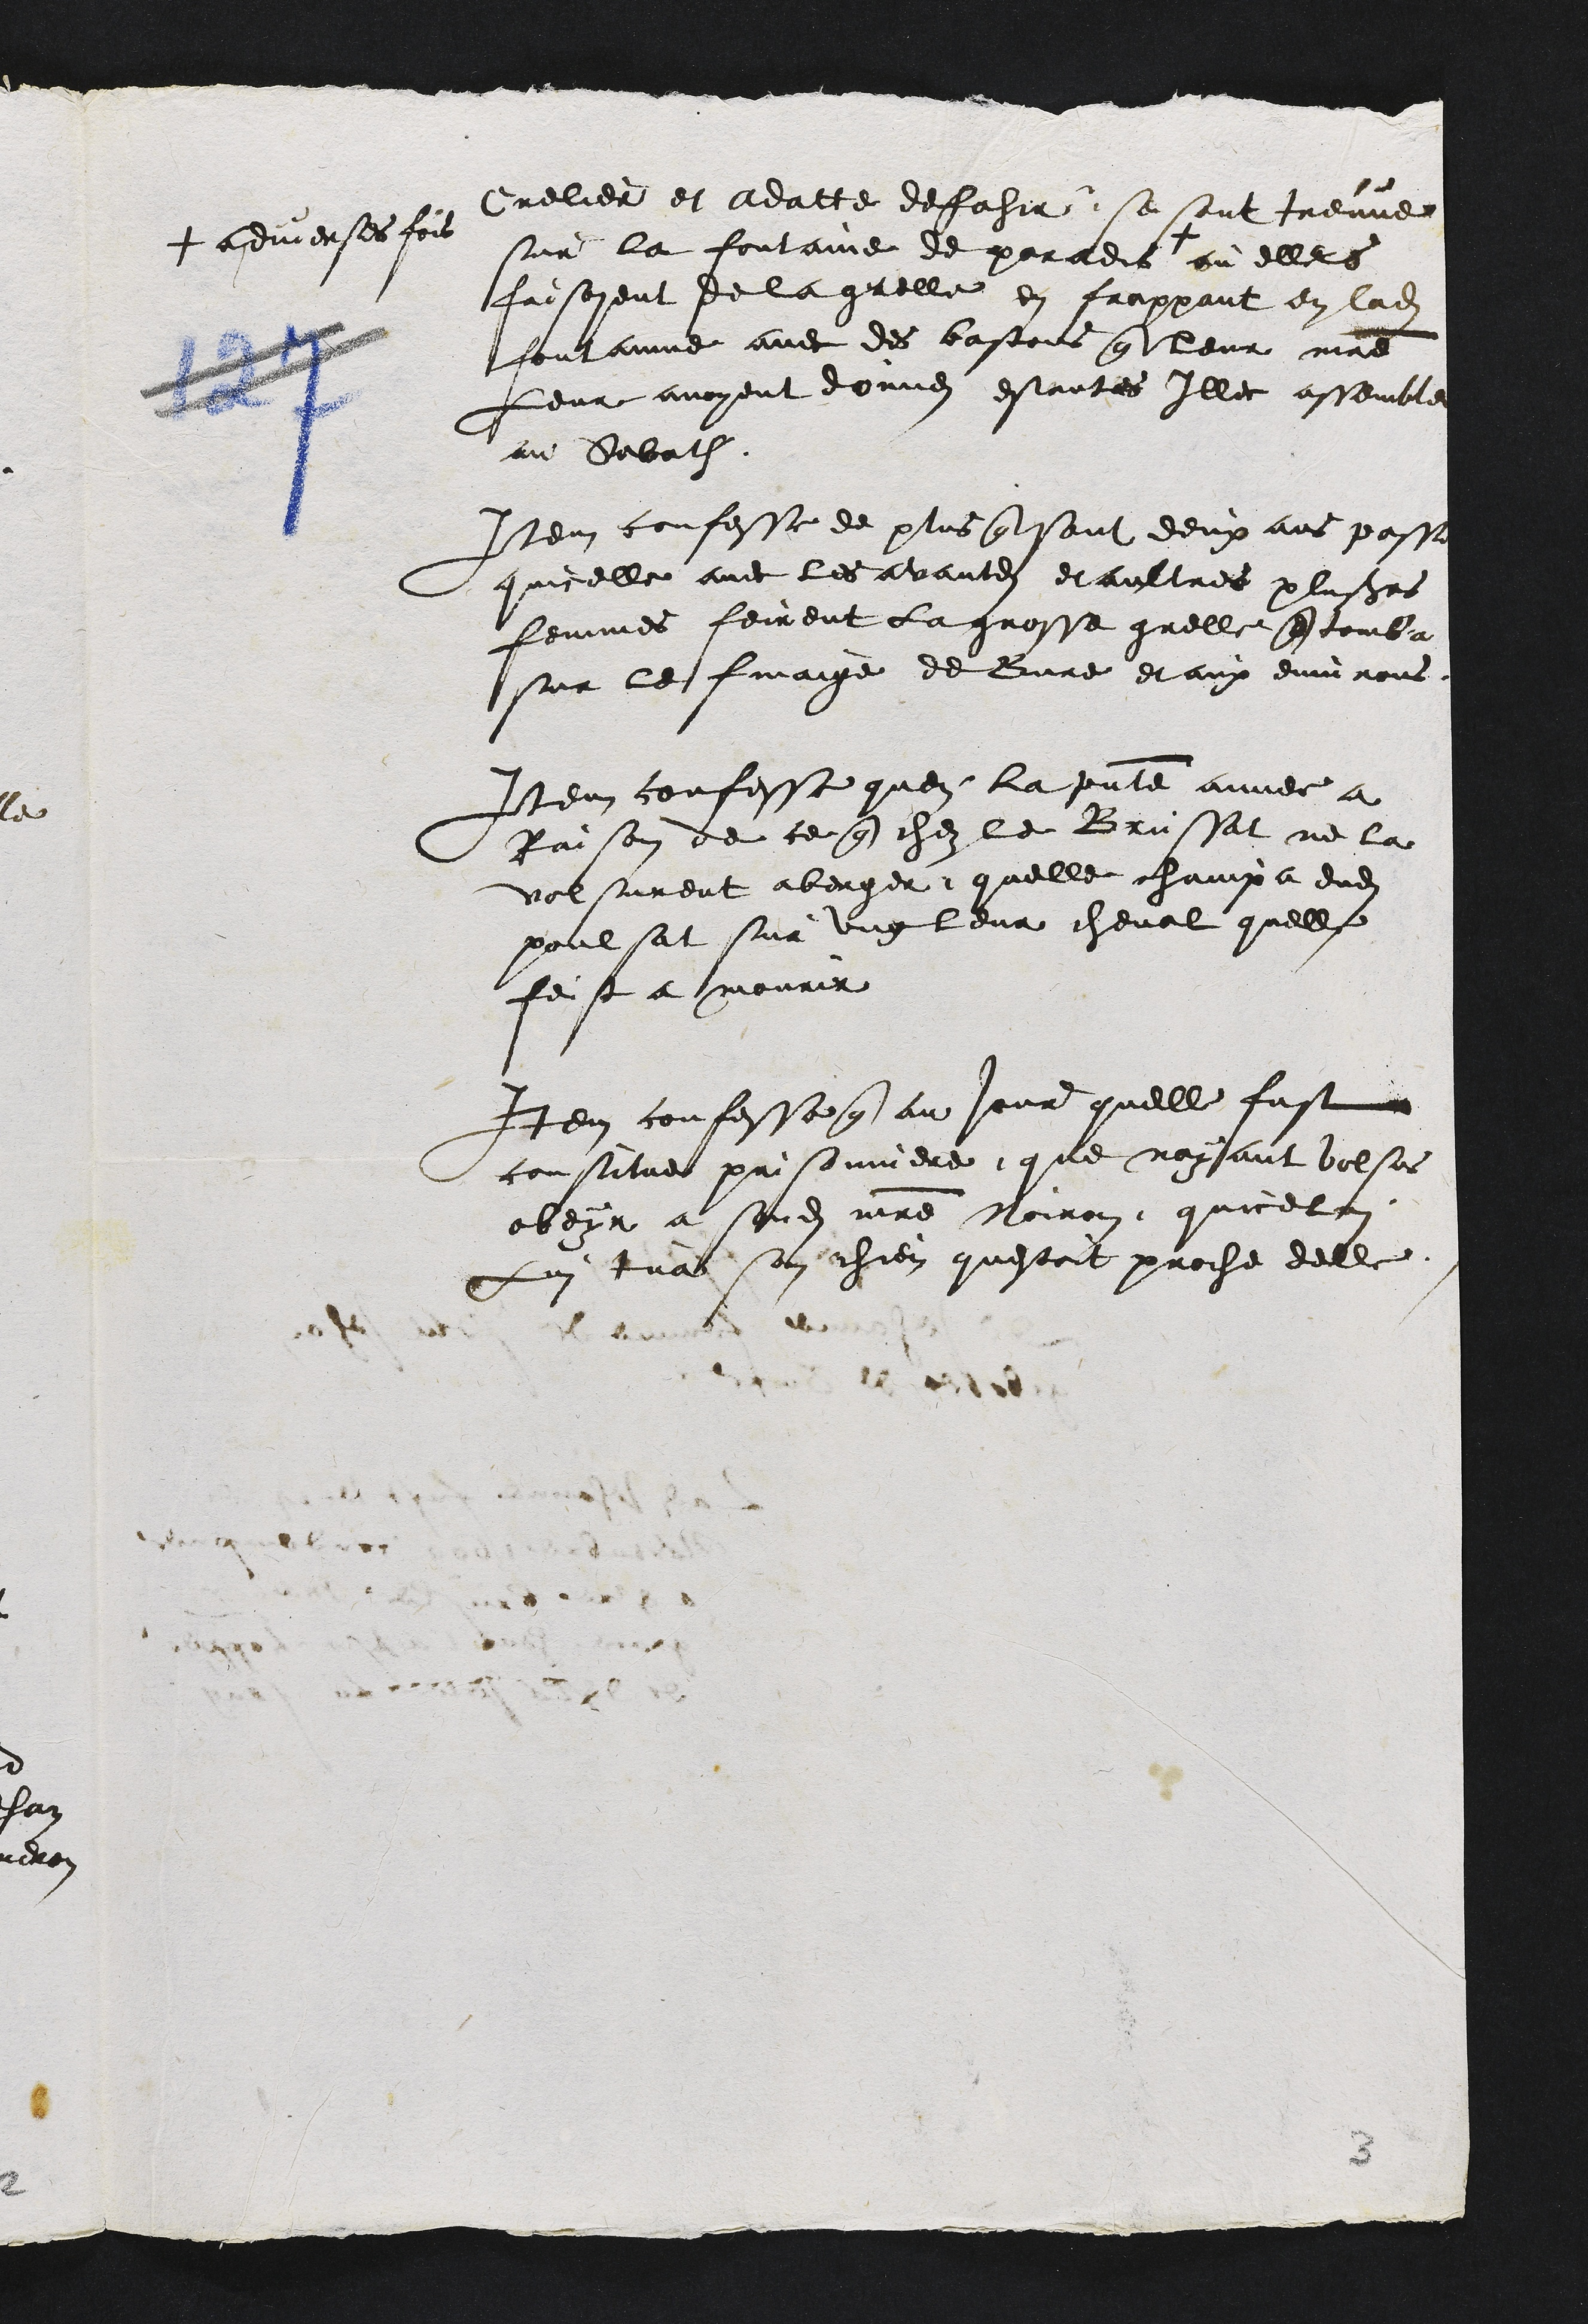
Crelier et Adatte defahir sa sont treuve
sur la fontaine de paradis
+ a diverses fois
ou elles
faisoyent de la grelle en frappant en ladite
foulannee avec des bastons que leur maitre
Leur avoyent donne estantes elle assemble
au Sabath
Item confesse de plus que sont deux ans passe
quicelle avec les avantes et aultres plusieurs
femmes fement la grosse grelle que tomba
sur le finaige de Bure et aux environs
Item confesse quen la presente auvee a
Raison de ce que chez le Brussat ne la
volsurent aberger, quelle champa dudit
poulsat sur ung lour cheval quelle
feist a mourir
Item confesse que au jour quelle fust
constitre prisonniere, que nayant volsus
ober a sondit maitre Noiron quicelui
Lui tua son chien questoit proche delle